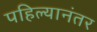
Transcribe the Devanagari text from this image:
पहिल्यानंतर